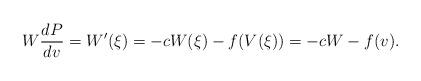
LaTeX: \begin{align*}W\frac{dP}{dv}=W'(\xi)=-cW(\xi)-f(V(\xi))=-cW-f(v).\end{align*}